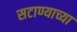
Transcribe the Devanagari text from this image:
सटाण्याच्या